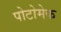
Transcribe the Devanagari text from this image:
पोटोमेक